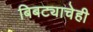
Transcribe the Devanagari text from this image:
बिबट्याचेही